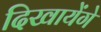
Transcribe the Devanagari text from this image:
दिखायेंगे